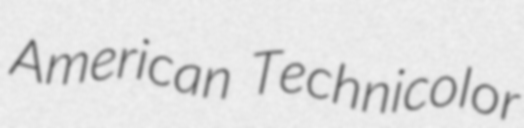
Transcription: American Technicolor